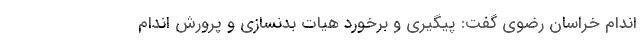
اندام خراسان رضوی گفت: پیگیری و برخورد هیات بدنسازی و پرورش اندام